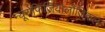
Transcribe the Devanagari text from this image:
न्यूरोफिजियोलौजिकल